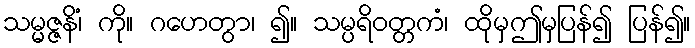
သမ္မဇ္ဇနိံ၊ ကို။ ဂဟေတွာ၊ ၍။ သမ္ပရိဝတ္တကံ၊ ထိုမှဤမှပြန်၍ ပြန်၍။